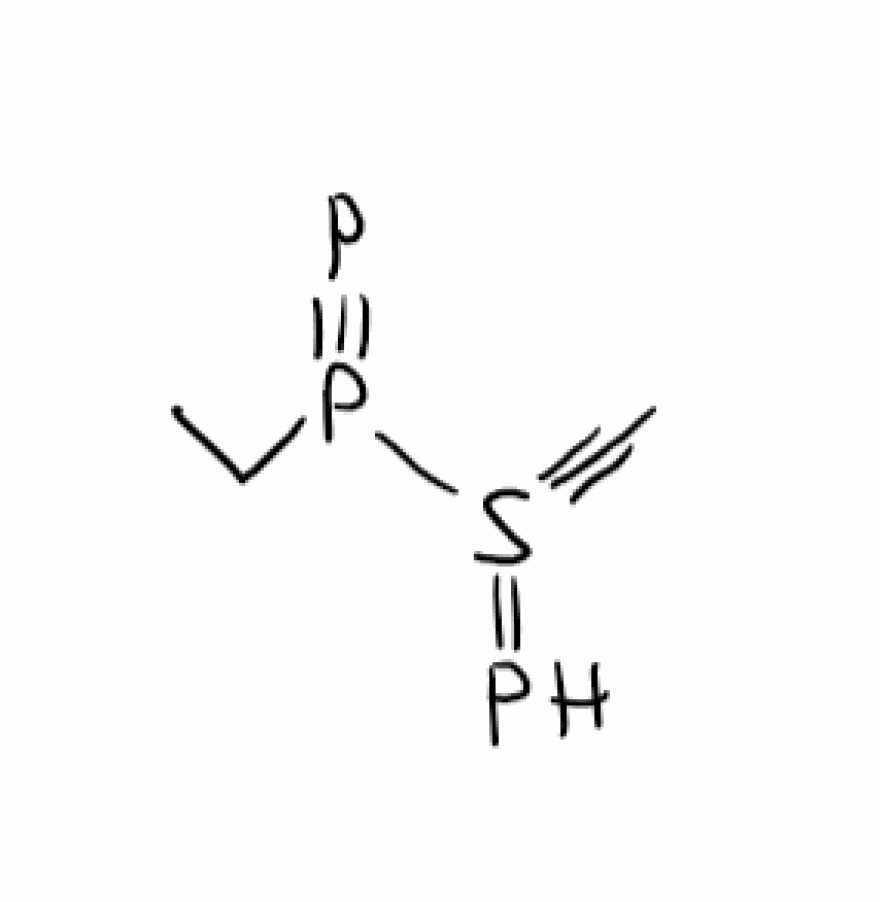
Simplified molecular-input line-entry system (SMILES) notation of the given molecule:
CCP(#P)S(#CC)=P